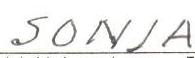
SONJA